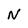
Character: N